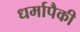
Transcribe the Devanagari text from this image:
धर्मापैकी